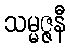
သမ္မဇ္ဇနီ